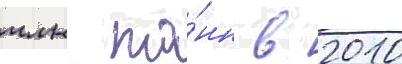
млн то́нн в 2010